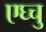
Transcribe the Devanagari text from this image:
एघ्चु